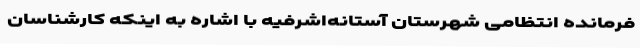
فرمانده انتظامی شهرستان آستانه‌اشرفیه با اشاره به اینکه کارشناسان